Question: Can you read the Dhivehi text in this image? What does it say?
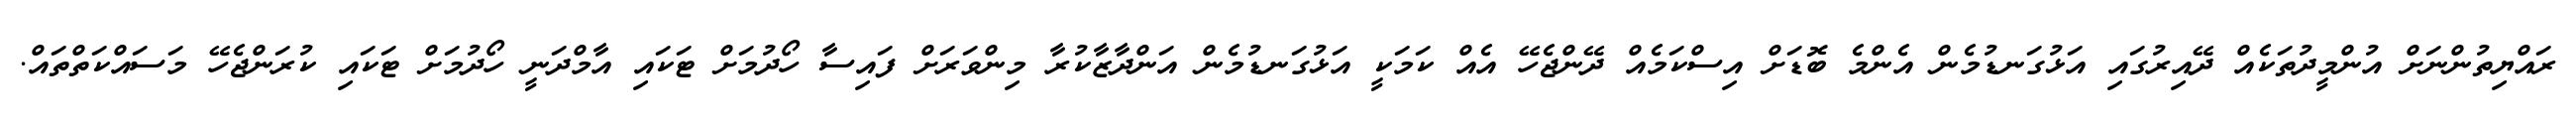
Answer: ރައްޔިތުންނަށް އުންމީދުތަކެއް ދޭއިރުގައި އަޅުގަނޑުމެން އެންމެ ބޮޑަށް އިސްކަމެއް ދޭންޖެހޭ އެއް ކަމަކީ އަޅުގަނޑުމެން އަންދާޒާކުރާ މިންވަރަށް ފައިސާ ހޯދުމަށް ޓަކައި އާމްދަނީ ހޯދުމަށް ޓަކައި ކުރަންޖެހޭ މަސައްކަތްތައް.